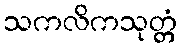
သကလိကသုတ္တံ